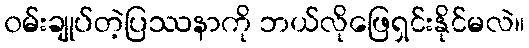
၀မ်းချုပ်တဲ့ပြဿနာကို ဘယ်လိုဖြေရှင်းနိုင်မလဲ။